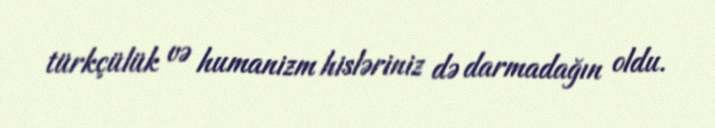
türkçülük və humanizm hisləriniz də darmadağın oldu.